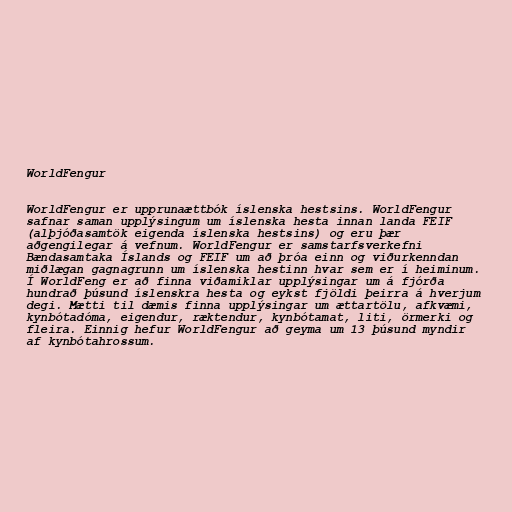
WorldFengur

WorldFengur er upprunaættbók íslenska hestsins. WorldFengur
safnar saman upplýsingum um íslenska hesta innan landa FEIF
(alþjóðasamtök eigenda íslenska hestsins) og eru þær
aðgengilegar á vefnum. WorldFengur er samstarfsverkefni
Bændasamtaka Íslands og FEIF um að þróa einn og viðurkenndan
miðlægan gagnagrunn um íslenska hestinn hvar sem er í heiminum.
Í WorldFeng er að finna viðamiklar upplýsingar um á fjórða
hundrað þúsund íslenskra hesta og eykst fjöldi þeirra á hverjum
degi. Mætti til dæmis finna upplýsingar um ættartölu, afkvæmi,
kynbótadóma, eigendur, ræktendur, kynbótamat, liti, örmerki og
fleira. Einnig hefur WorldFengur að geyma um 13 þúsund myndir
af kynbótahrossum.